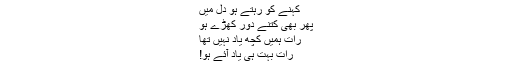
کہنے کو رہتے ہو دل میں
پھر بھی کتنے دور کھڑے ہو
رات ہمیں کچھ یاد نہیں تھا
رات بہت ہی یاد آئے ہو!